Indian journal of veterinary science and animal husbandry - Volumes 18-21, 1948-1951
Year: 1948
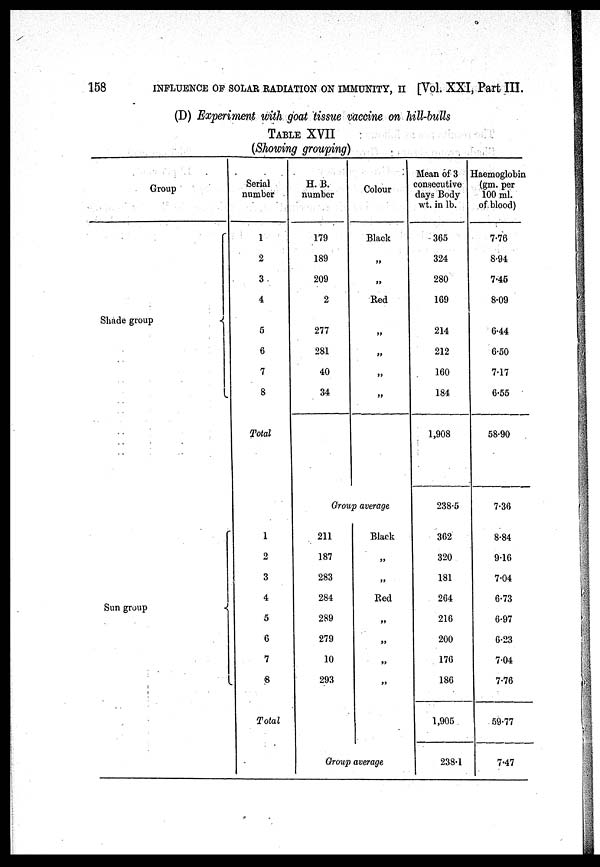
158
INFLUENCE OF SOLAR RADIATION ON IMMUNITY, II [Vol. XXI, Part III.
(D) Experiment with goat tissue vaccine on hill-bulls
TABLE XVII
(Showing grouping)
Group
Shade group
Sun group
Serial
number
1
2
3
4
5
6
7
8
Total
1
2
3
4
5
6
7
8
Total
H. B.
number
179
189
209
2
277
281
40
34
Colour
Black
„
„
Red
„
„
„
„
Group average
211
187
283
284
289
279
10
293
Black
„
„
Red
„
„
„
„
Group average
Mean of 3
consecutive
days Body
wt. in lb.
365
324
280
169
214
212
160
184
1,908
238.5
362
320
181
264
216
200
176
186
1,905
238.1
Haemoglobin
(gm. per
100 ml.
of blood)
7.76
8.94
7.45
8.09
6.44
6.50
7.17
6.55
58.90
7.36
8.84
916
7.04
6.73
6.97
6.23
7.04
7.76
59.77
7.47